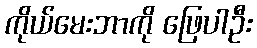
ကိုယ်မေးဘာကို ဖြေပါဦး